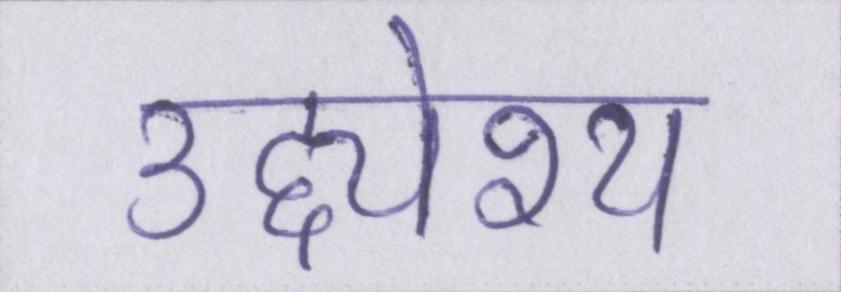
उद्द्येश्य